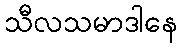
သီလသမာဒါနေ